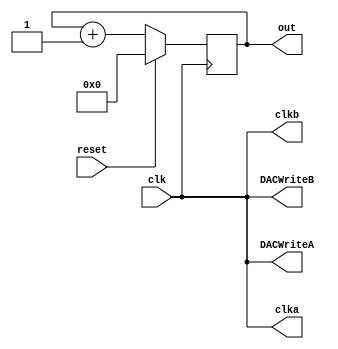
`timescale 1ns / 1ps
//////////////////////////////////////////////////////////////////////////////////
// Company: 
// Engineer: 
// 
// Design Name: 
// Module Name:    ramp 
// Project Name: 
// Target Devices: 
// Tool versions: 
// Description: 
//
// Dependencies: 
//
// Revision: 
// Revision 0.01 - File Created
// Additional Comments: 
//
//////////////////////////////////////////////////////////////////////////////////
module ramp(
    input clk,
    input reset,
    output reg [9:0] out = 0,
	 output clka,
	 output clkb,
	 output DACWriteA,
	 output DACWriteB
    );
	 
	assign clka = clk;
	assign clkb = clk;
	assign DACWriteA = clk;
	assign DACWriteB = clk;
	 
always@(posedge clk) begin
	if(reset) begin
		out <= 0;
	end else begin
		out <= out + 1;
	end
end

endmodule